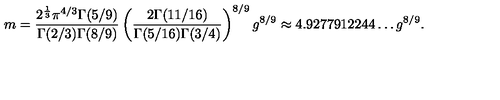
m = { \frac { 2 ^ { \frac { 1 } { 3 } } \pi ^ { 4 / 3 } \Gamma ( 5 / 9 ) } { \Gamma ( 2 / 3 ) \Gamma ( 8 / 9 ) } } \left( { \frac { 2 \Gamma ( 1 1 / 1 6 ) } { \Gamma ( 5 / 1 6 ) \Gamma ( 3 / 4 ) } } \right) ^ { 8 / 9 } g ^ { 8 / 9 } \approx 4 . 9 2 7 7 9 1 2 2 4 4 \ldots g ^ { 8 / 9 } .